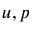
u , p